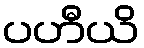
ပဟီယိ